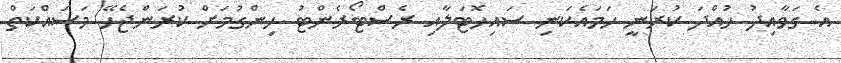
އެ ގަވާއިދު ހުއްދަ ކުރަނީ ހަމައެކަނި ސައިހޮޓަލާއި ރެސްޓޯރެންޓު ހިންގުމަށް ކުރަންޖެހޭ މަސައްކަތް